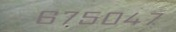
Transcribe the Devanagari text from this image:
६७५०४७